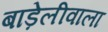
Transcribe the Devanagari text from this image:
बाड़ेलीवाला